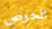
الحرص